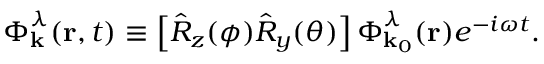
\boldsymbol { \Phi } _ { \mathbf { k } } ^ { \lambda } ( \mathbf { r } , t ) \equiv \left[ \hat { R } _ { z } ( \phi ) \hat { R } _ { y } ( \theta ) \right] \boldsymbol { \Phi } _ { \mathbf { k } _ { 0 } } ^ { \lambda } ( \mathbf { r } ) e ^ { - i \omega t } .